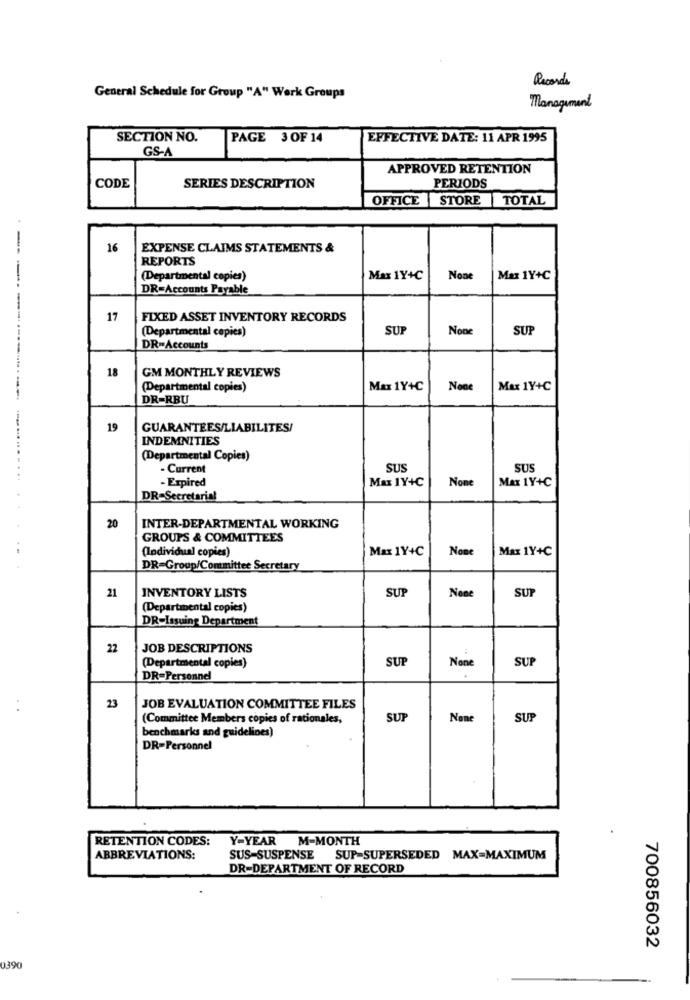
Records
General Schedule for Group "A" Werk Groups
Management
SECTION NO.
PAGE 3 OF 14
EFFECTIVE DATE: 11 APR 1995
GS-A
APPROVED RETENTION
CODE
SERIES DESCRIPTION
PERIODS
OFFICE STORE TOTAL
16
EXPENSE CLAIMS STATEMENTS &
REPORTS
(Departmental copies)
Max 1Y+C
Max 1Y+C
DR=Accounts Payable
17
FIXED ASSET INVENTORY RECORDS
(Departmental copies)
SUP
SU
DR-Accounts
18
GM MONTHLY REVIEWS
(Departmental copies)
Max 1Y+C
Max 1Y+C
DR=RBU
19
GUARANTEES/LIABILITES/
INDEMNITIES
(Departmental Copies)
- Current
SUS
SU
-------------------...
- Expired
Max 1Y+C
Max 1Y+C
DR=Secretarial
20
INTER-DEPARTMENTAL WORKING
GROUPS & COMMITTEES
(Individual copies)
Max 1Y+C
Max 1Y+C
.. .
DR=Group/Committee Secretary
SUP
SUP
21
INVENTORY LISTS
(Departmental copies)
DR-Issuing Department
22
JOB DESCRIPTIONS
SUP
SUP
(Departmental copies)
DR=Personnel
23
JOB EVALUATION COMMITTEE FILES
(Committee Members copies of rationales,
SUP
SUP
benchmarks and guidelines)
DR=Personnel
RETENTION CODES:
Y-YEAR
M-MONTH
ABBREVIATIONS:
SUS-SUSPENSE SUP-SUPERSEDED MAX=MAXIMUM
DR-DEPARTMENT OF RECORD
700856032
0390